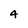
Character: 4